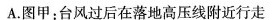
A.图甲：台风过后在落地高压线附近行走